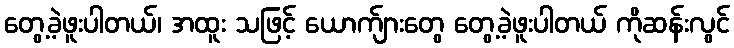
တွေ့ခဲ့ဖူးပါတယ်၊ အထူး သဖြင့် ယောက်ျားတွေ တွေ့ခဲ့ဖူးပါတယ် ကိုဆန်းလွင်